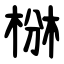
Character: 椕